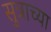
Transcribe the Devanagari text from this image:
सुत्राच्या